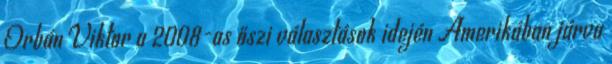
Orbán Viktor a 2008-as őszi választások idején Amerikában járva